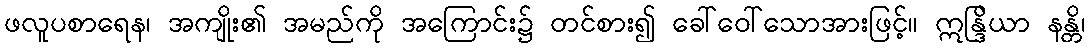
ဖလူပစာရေန၊ အကျိုး၏ အမည်ကို အကြောင်း၌ တင်စား၍ ခေါ်ဝေါ်သောအားဖြင့်။ ဣန္ဒြိယာ နန္တိ၊